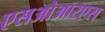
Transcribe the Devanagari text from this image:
एसओआरएस